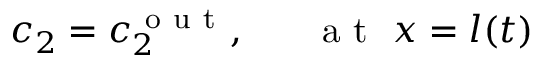
c _ { 2 } = c _ { 2 } ^ { \mathrm { ~ o ~ u ~ t ~ } } , ~ ~ ~ ~ ~ \mathrm { ~ a ~ t ~ } ~ x = l ( t )